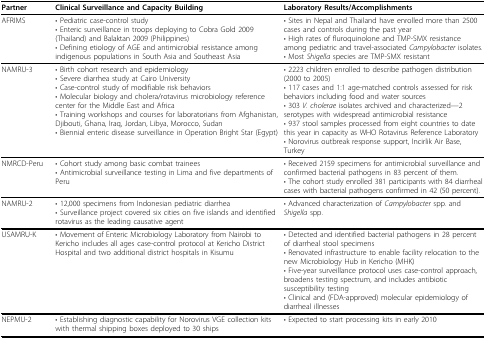
| Partner | Clinical Surveillance and Capacity Building | Laboratory Results/Accomplishments |
 | --- | --- | --- |
 | AFRIMS | • Pediatric case-control study• Enteric surveillance in troops deploying to Cobra Gold 2009 (Thailand) and Balaktan 2009 (Philippines)• Defining etiology of AGE and antimicrobial resistance among indigenous populations in South Asia and Southeast Asia | • Sites in Nepal and Thailand have enrolled more than 2500 cases and controls during the past year• High rates of fluroquinolone and TMP-SMX resistance among pediatric and travel-associated Campylobacter isolates.• Most Shigella species are TMP-SMX resistant |
 | NAMRU-3 | • Birth cohort research and epidemiology• Severe diarrhea study at Cairo University• Case-control study of modifiable risk behaviors• Molecular biology and cholera/rotavirus microbiology reference center for the Middle East and Africa• Training workshops and courses for laboratorians from Afghanistan, Djibouti, Ghana, Iraq, Jordan, Libya, Morocco, Sudan• Biennial enteric disease surveillance in Operation Bright Star (Egypt) | • 2223 children enrolled to describe pathogen distribution (2000 to 2005)• 117 cases and 1:1 age-matched controls assessed for risk behaviors including food and water sources• 303 V. cholerae isolates archived and characterized—2 serotypes with widespread antimicrobial resistance• 937 stool samples processed from eight countries to date this year in capacity as WHO Rotavirus Reference Laboratory• Norovirus outbreak response support, Incirlik Air Base, Turkey |
 | NMRCD-Peru | • Cohort study among basic combat trainees• Antimicrobial surveillance testing in Lima and five departments of Peru | • Received 2159 specimens for antimicrobial surveillance and confirmed bacterial pathogens in 83 percent of them.• The cohort study enrolled 381 participants with 84 diarrheal cases with bacterial pathogens confirmed in 42 (50 percent). |
 | NAMRU-2 | • 12,000 specimens from Indonesian pediatric diarrhea• Surveillance project covered six cities on five islands and identified rotavirus as the leading causative agent | • Advanced characterization of Campylobacter spp. and Shigella spp. |
 | USAMRU-K | • Movement of Enteric Microbiology Laboratory from Nairobi to Kericho includes all ages case-control protocol at Kericho District Hospital and two additional district hospitals in Kisumu | • Detected and identified bacterial pathogens in 28 percent of diarrheal stool specimens• Renovated infrastructure to enable facility relocation to the new Microbiology Hub in Kericho (MHK)• Five-year surveillance protocol uses case-control approach, broadens testing spectrum, and includes antibiotic susceptibility testing• Clinical and (FDA-approved) molecular epidemiology of diarrheal illnesses |
 | NEPMU-2 | • Establishing diagnostic capability for Norovirus VGE collection kits with thermal shipping boxes deployed to 30 ships | • Expected to start processing kits in early 2010 |